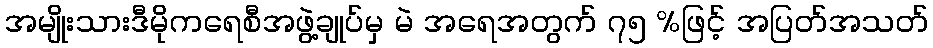
အမျိုးသားဒီမိုကရေစီအဖွဲ့ချုပ်မှ မဲ အရေအတွက် ၇၅ %ဖြင့် အပြတ်အသတ်